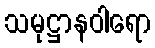
သမုဋ္ဌာနဝါရော